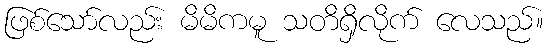
ဖြစ်သော်လည်း မိမိကမူ သတိရှိလိုက် လေသည်။